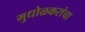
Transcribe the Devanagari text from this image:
मुधोळकरांचा